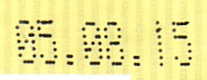
05:08:15